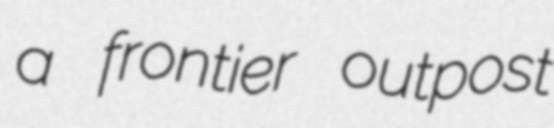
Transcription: a frontier outpost